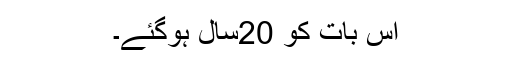
اس بات کو 20سال ہوگئے۔